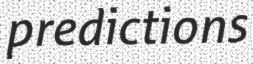
predictions